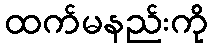
ထက်မနည်းကို